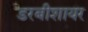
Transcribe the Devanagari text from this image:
डरबीशायर